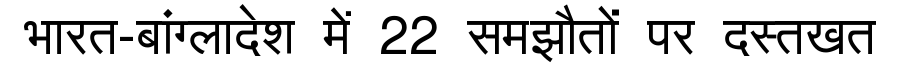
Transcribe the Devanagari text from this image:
भारत-बांग्लादेश में 22 समझौतों पर दस्तखत